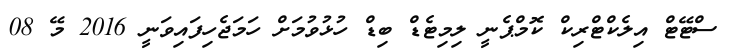
ސްޓޭޓް އިލެކްޓްރިކް ކޮމްޕެނީ ލިމިޓެޑް ބިޑް ހުޅުވުމަށް ހަމަޖެހިފައިވަނީ 2016 މޭ 08